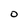
Character: O